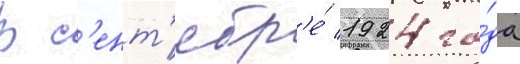
В с'ент'ябр'е́ 1924 го́да